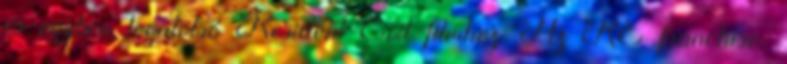
és egyben legutolsó Resident Evil filmhez. Az RE franchise,